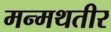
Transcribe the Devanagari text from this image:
मन्मथतीर